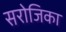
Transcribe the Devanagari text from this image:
सरोजिका